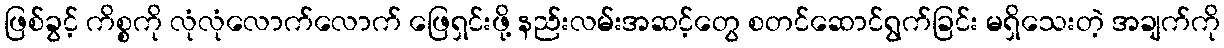
ဖြစ်ခွင့် ကိစ္စကို လုံလုံလောက်လောက် ဖြေရှင်းဖို့ နည်းလမ်းအဆင့်တွေ စတင်ဆောင်ရွက်ခြင်း မရှိသေးတဲ့ အချက်ကို